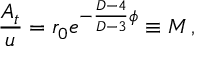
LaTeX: { \frac { A _ { t } } { u } } = r _ { 0 } e ^ { - { \frac { D - 4 } { D - 3 } } \phi } \equiv M \, ,